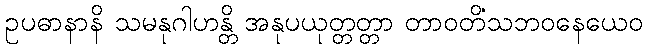
ဥပဓာနာနိ သမနုဂါဟန္တိ အနုပယုတ္တတ္တာ တာဝတိံသဘဝနေယေဝ